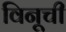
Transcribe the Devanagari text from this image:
विनूची